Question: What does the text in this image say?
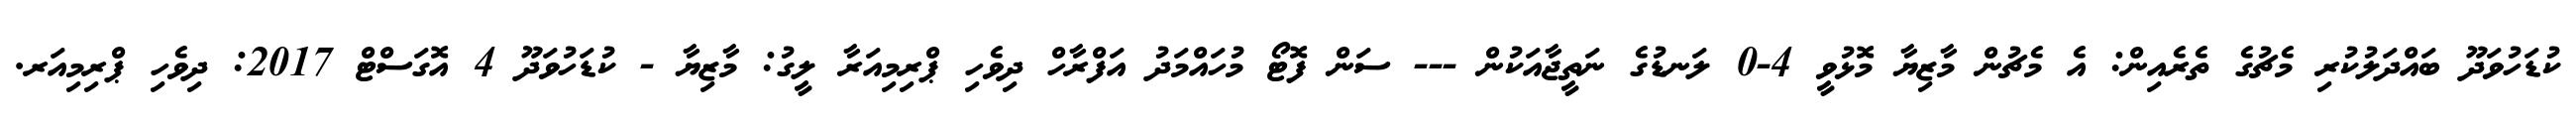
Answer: ކުޑަހުވަދޫ ބައްދަލުކުރި މެޗުގެ ތެރެއިން: އެ މެޗުން މާޒިޔާ މޮޅުވީ 4-0 ލަނޑުގެ ނަތީޖާއަކުން --- ސަން ފޮޓޯ މުހައްމަދު އަފްރާހް ދިވެހި ޕްރިމިއަރާ ލީގު: މާޒިޔާ - ކުޑަހުވަދޫ 4 އޮގަސްޓް 2017: ދިވެހި ޕްރިމިއަރ.